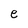
Character: e